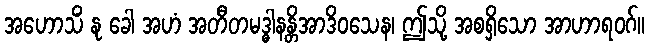
အဟောသိံ နု ခေါ အဟံ အတီတမဒ္ဓါနန္တိအာဒိဝသေန၊ ဤသို့ အစရှိသော အာဟာရဝဂ်။